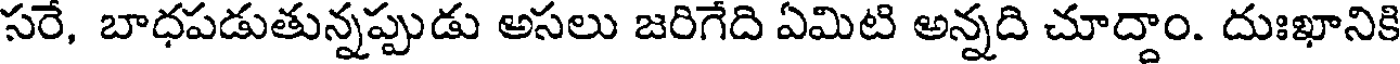
సరే, బాధపడుతున్నప్పుడు అసలు జరిగేది ఏమిటి అన్నది చూద్దాం. దుఃఖానికి